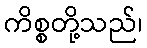
ကိစ္စတို့သည်၊